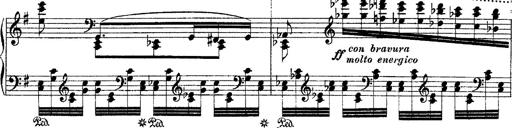
Title: Ã‰tudes d'exÃ©cution transcendante d'aprÃ¨s Paganini
Composer: Franz Liszt